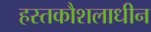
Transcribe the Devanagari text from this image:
हस्तकौशलाधीन